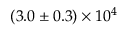
( 3 . 0 \pm 0 . 3 ) \times 1 0 ^ { 4 }